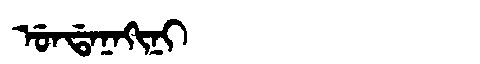
Manchu: ᡠᠨᡩᠠᠨᠠᡴᡳᠨᡳ
Romanization: UNDANAKINI